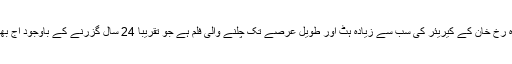
واضح رہے کہ ’’دل والے دلہنیا لے جائیں گے‘‘ شاہ رخ خان کے کیریئر کی سب سے زیادہ ہٹ اور طویل عرصے تک چلنے والی فلم ہے جو تقریباً 24 سال گزرنے کے باوجود آج بھی ممبئی کے سینما گھروں میں دکھائی جارہی ہے۔